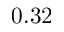
0 . 3 2